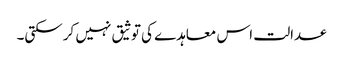
عدالت اس معاہدے کی توثیق نہیں کرسکتی۔